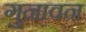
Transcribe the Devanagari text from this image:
गुनावन